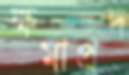
ক্ষমাপ্রদ